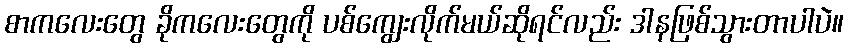
စာကလေးတွေ ခိုကလေးတွေကို ပစ်ကျွေးလိုက်မယ်ဆိုရင်လည်း ဒါနဖြစ်သွားတာပါပဲ။